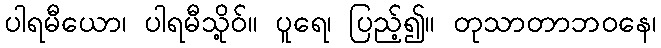
ပါရမီယော၊ ပါရမီသို့ဝ်။ ပူရေ၊ ပြည့်၍။ တုသာတာဘဝနေ၊